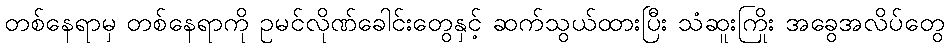
တစ်နေရာမှ တစ်နေရာကို ဥမင်လိုဏ်ခေါင်းတွေနှင့် ဆက်သွယ်ထားပြီး သံဆူးကြိုး အခွေအလိပ်တွေ